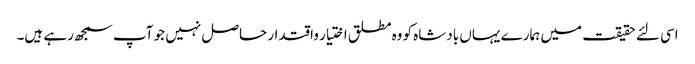
اسی لئے حقیقت میں ہمارے یہاں بادشاه کو وه مطلق اختیار واقتدار حاصل نہیں جو آپ سمجھ رہے ہیں۔